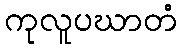
ကုလူပဃာတံ